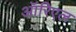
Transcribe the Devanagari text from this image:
ऑरिएल